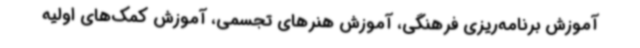
آموزش برنامه‌ریزی فرهنگی، آموزش هنرهای تجسمی، آموزش کمک‌های اولیه